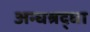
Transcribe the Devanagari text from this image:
अन्धश्रद्धा